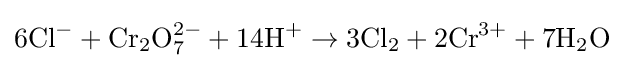
\mathrm {6Cl^{-}+Cr_{2}O_{7}^{2-}+14H^{+}\rightarrow 3Cl_{2}+2Cr^{3+}+7H_{2}O}